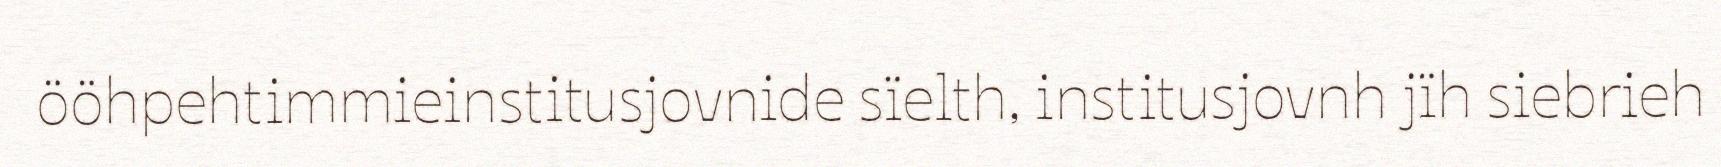
ööhpehtimmieinstitusjovnide sïelth, institusjovnh jïh siebrieh